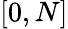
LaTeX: [0,N]